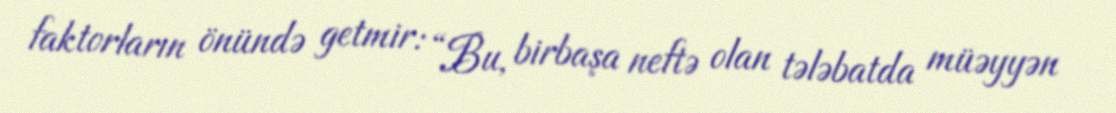
faktorların önündə getmir: “Bu, birbaşa neftə olan tələbatda müəyyən